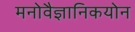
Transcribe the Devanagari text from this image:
मनोवैज्ञानिकयोन